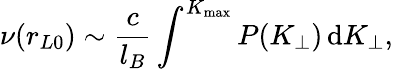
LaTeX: \nu(r_{L0})\sim\frac{c}{l_{B}}\int^{K_{\mathrm{max}}}P(K_{\perp})\, \mathrm{d}K_{\perp},